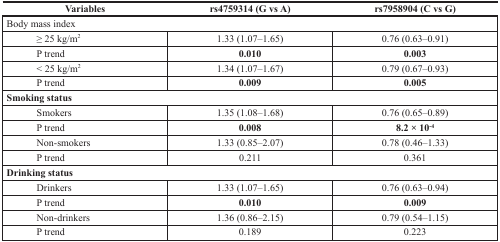
<table><thead><tr><td><b>Variables</b></td><td><b>rs4759314 (G vs A)</b></td><td><b>rs7958904 (C vs G)</b></td></tr></thead><tbody><tr><td colspan="3">Body mass index</td></tr><tr><td>≥ 25 kg/m<sup>2</sup></td><td>1.33 (1.07–1.65)</td><td>0.76 (0.63–0.91)</td></tr><tr><td>P trend</td><td><b>0.010</b></td><td><b>0.003</b></td></tr><tr><td>&lt; 25 kg/m<sup>2</sup></td><td>1.34 (1.07–1.67)</td><td>0.79 (0.67–0.93)</td></tr><tr><td>P trend</td><td><b>0.009</b></td><td><b>0.005</b></td></tr><tr><td colspan="3"><b>Smoking status</b></td></tr><tr><td>Smokers</td><td>1.35 (1.08–1.68)</td><td>0.76 (0.65–0.89)</td></tr><tr><td>P trend</td><td><b>0.008</b></td><td><b>8.2 × 10<sup>−4</sup></b></td></tr><tr><td>Non-smokers</td><td>1.33 (0.85–2.07)</td><td>0.78 (0.46–1.33)</td></tr><tr><td>P trend</td><td>0.211</td><td>0.361</td></tr><tr><td colspan="3"><b>Drinking status</b></td></tr><tr><td>Drinkers</td><td>1.33 (1.07–1.65)</td><td>0.76 (0.63–0.94)</td></tr><tr><td>P trend</td><td><b>0.010</b></td><td><b>0.009</b></td></tr><tr><td>Non-drinkers</td><td>1.36 (0.86–2.15)</td><td>0.79 (0.54–1.15)</td></tr><tr><td>P trend</td><td>0.189</td><td>0.223</td></tr></tbody></table>